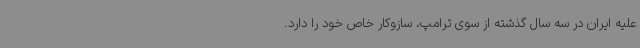
علیه ایران در سه سال گذشته از سوی ترامپ، سازوکار خاص خود را دارد.